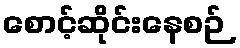
စောင့်ဆိုင်းနေစဉ်